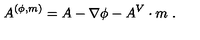
A ^ { ( \phi , m ) } = A - \nabla \phi - A ^ { V } \cdot m \ .